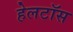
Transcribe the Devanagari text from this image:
हेलटॉस